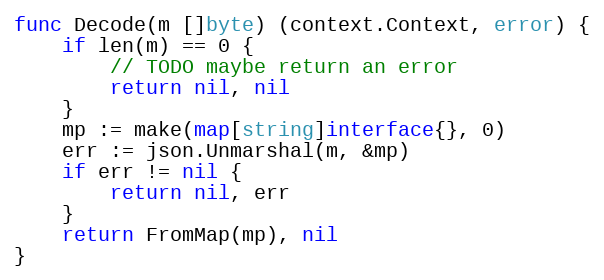
Language: Go
func Decode(m []byte) (context.Context, error) {
	if len(m) == 0 {
		// TODO maybe return an error
		return nil, nil
	}
	mp := make(map[string]interface{}, 0)
	err := json.Unmarshal(m, &mp)
	if err != nil {
		return nil, err
	}
	return FromMap(mp), nil
}